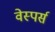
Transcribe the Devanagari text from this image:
वेस्पर्स